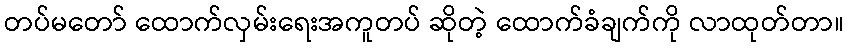
တပ်မတော် ထောက်လှမ်းရေးအကူတပ် ဆိုတဲ့ ထောက်ခံချက်ကို လာထုတ်တာ။